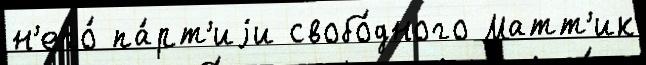
н'его́ па́рт'иjи свобо́дного Матт'ик